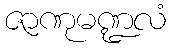
ဇာဏုမဏ္ဍလံ